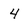
Character: 4